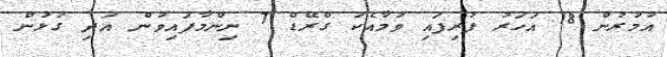
އުމުރުން 18 އަހަރު ފުރިފައި ވުމާއެކު ގްރޭޑް 7 ނިންމާފައިވުން އަދި ގުޅުން